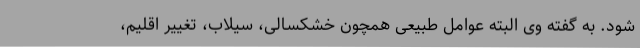
شود. به گفته وی البته عوامل طبیعی همچون خشکسالی، سیلاب، تغییر اقلیم،